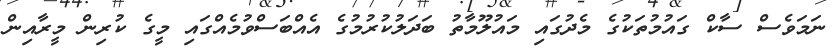
ނަމަވެސް ސާކް ގައުމުތަކުގެ މެދުގައި މައުލޫމާތު ބަދަލުކުރުމުގެ އެއްބަސްވުމެއްގަައި މީގެ ކުރިން މީރާއިން